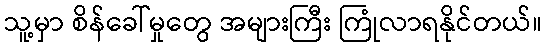
သူ့မှာ စိန်ခေါ်မှုတွေ အများကြီး ကြုံလာရနိုင်တယ်။